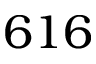
6 1 6